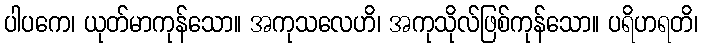
ပါပကေ၊ ယုတ်မာကုန်သော။ အကုသလေဟိ၊ အကုသိုလ်ဖြစ်ကုန်သော။ ပရိဟရတိ၊